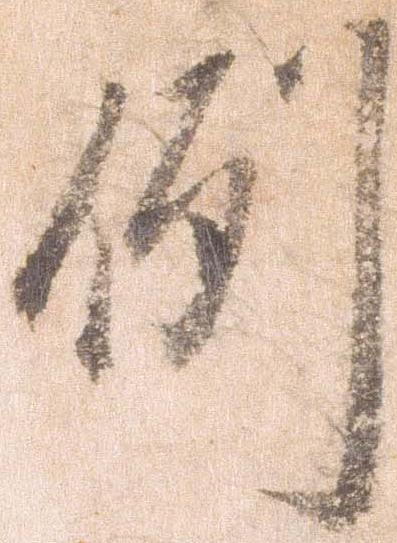
例